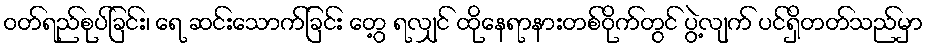
ဝတ်ရည်စုပ်ခြင်း၊ ရေ ဆင်းသောက်ခြင်း တွေ့ ရလျှင် ထိုနေရာနားတစ်ဝိုက်တွင် ပွဲ့လျက် ပင်ရှိတတ်သည်မှာ